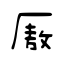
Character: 厫